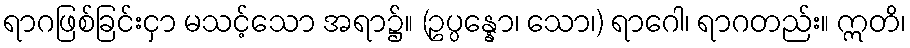
ရာဂဖြစ်ခြင်းငှာ မသင့်သော အရာ၌။ (ဥပ္ပန္နော၊ သော၊) ရာဂေါ၊ ရာဂတည်း။ ဣတိ၊